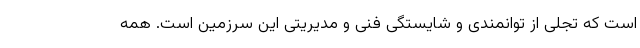
است که تجلی از توانمندی و شایستگی فنی و مدیریتی این سرزمین است. همه